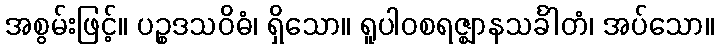
အစွမ်းဖြင့်။ ပဉ္စဒသဝိဓံ၊ ရှိသော။ ရူပါဝစရဇ္ဈာနသင်္ခါတံ၊ အပ်သော။